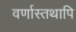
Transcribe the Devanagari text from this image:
वर्णास्तथापि